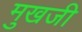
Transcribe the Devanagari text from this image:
मुखजी